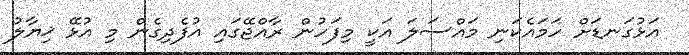
އަޅުގަނޑަށް ހަމައެކަނި މައްސަލަ އަކީ މިފަހުން ރާއްޖޭގައި އުފެދިގެން މި އުޅޭ ޚިޔާލު